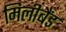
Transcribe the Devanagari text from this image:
मिलीबैंड